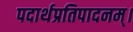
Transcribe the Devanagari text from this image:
पदार्थप्रतिपादनम्।